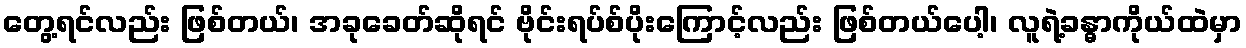
တွေ့ရင်လည်း ဖြစ်တယ်၊ အခုခေတ်ဆိုရင် ဗိုင်းရပ်စ်ပိုးကြောင့်လည်း ဖြစ်တယ်ပေါ့၊ လူရဲ့ခန္ဓာကိုယ်ထဲမှာ